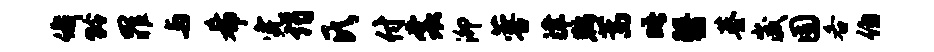
俄龄罪与希完谒氏付裳泖蓉津鞍蒿晤翳基崴囿各伯